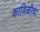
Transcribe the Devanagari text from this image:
काविळीचा